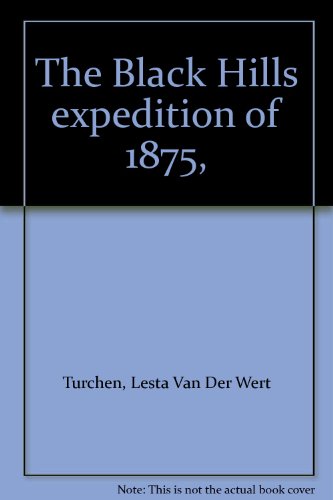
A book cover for The Black Hills expedition of 1875,; Lesta Van Der Wert Turchen; Travel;